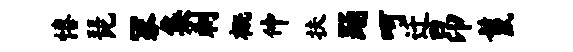
僖琵冢集刺概仲扶踊呵迁昂鬣